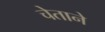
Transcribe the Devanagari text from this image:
चेताने